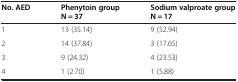
<table><thead><tr><td><b>No. AED</b></td><td><b>Phenytoin group N = 37</b></td><td><b>Sodium valproate group N = 17</b></td></tr></thead><tbody><tr><td>1</td><td>13 (35.14)</td><td>9 (52.94)</td></tr><tr><td>2</td><td>14 (37.84)</td><td>3 (17.65)</td></tr><tr><td>3</td><td>9 (24.32)</td><td>4 (23.53)</td></tr><tr><td>4</td><td>1 (2.70)</td><td>1 (5.88)</td></tr></tbody></table>